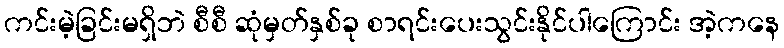
ကင်းမဲ့ခြင်းမရှိဘဲ စီစီ ဆုံမှတ်နှစ်ခု စာရင်းပေးသွင်းနိုင်ပါကြောင်း အဲ့ကနေ